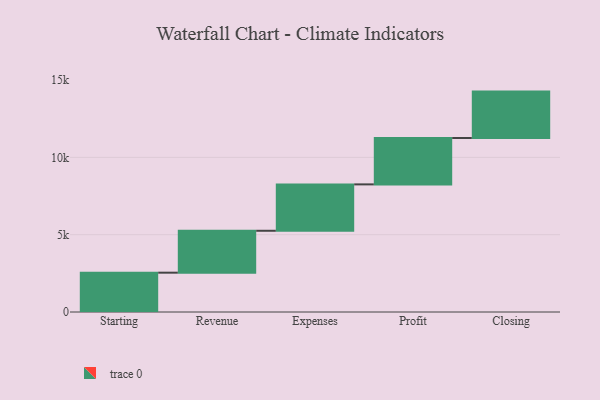
{"axis": {"x": "Step", "y": "Value"}, "legend": [""], "data": [{"x": "Starting", "y": 2543.0, "type": ""}, {"x": "Revenue", "y": 2710.0, "type": ""}, {"x": "Expenses", "y": 3000, "type": ""}, {"x": "Profit", "y": 3000, "type": ""}, {"x": "Closing", "y": 3000, "type": ""}]}